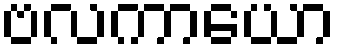
ဗလကာယော